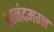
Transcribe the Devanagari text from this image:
आनंदमग्न